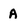
Character: A